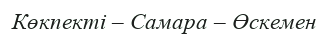
Көкпекті – Самара – Өскемен